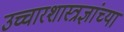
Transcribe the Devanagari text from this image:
उच्चारशास्त्रज्ञांच्या